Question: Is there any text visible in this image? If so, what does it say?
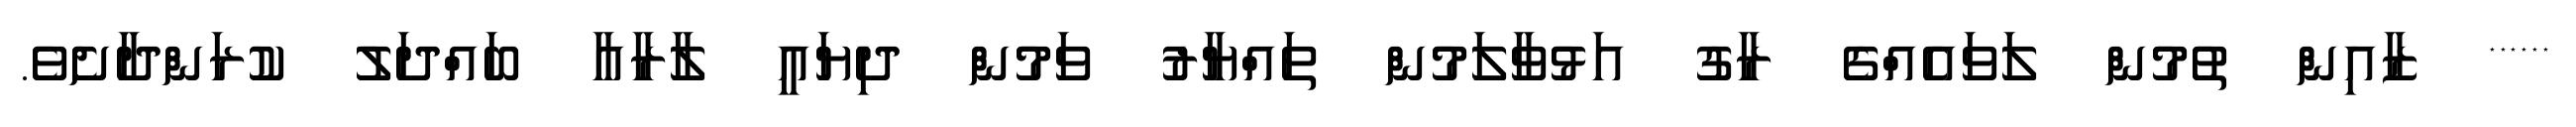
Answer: ****** ޒާއިން ތުމުން ލަވައެއްގެ ރާގު އަޅުވާލަމުން ތައްޔާރު ވަމުން ދިޔައީ ލާރާއާ ބައްދަލު ކުރަންދާށެވެ.